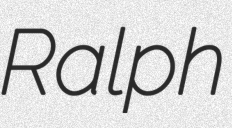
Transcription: Ralph